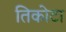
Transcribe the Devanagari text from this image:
तिकोटा